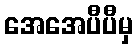
အေအေပီပီမှ